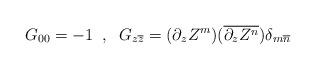
\begin{align*}G_{00} = -1 \;\; , \;\; G_{z\overline{z}} = (\partial_z Z^m) (\overline{\partial_z Z^n}) \delta_{m\overline{n}}\end{align*}